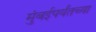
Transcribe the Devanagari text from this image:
मुंबईपर्यंतच्या